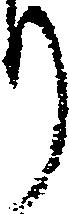
り